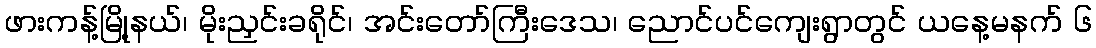
ဖားကန့်မြို့နယ်၊ မိုးညှင်းခရိုင်၊ အင်းတော်ကြီးဒေသ၊ ညောင်ပင်ကျေးရွာတွင် ယနေ့မနက် ၆